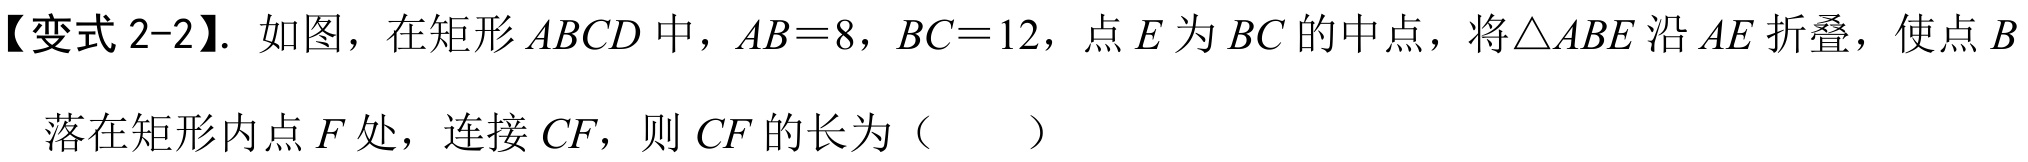
【变式2-2】. 如图，在矩形\(ABCD\)中，\(AB = 8\)，\(BC = 12\)，点\(E\)为\(BC\)的中点，将\(\triangle ABE\)沿\(AE\)折叠，使点\(B\)落在矩形内点\(F\)处，连接\(CF\)，则\(CF\)的长为（  ）